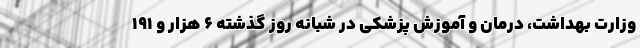
وزارت بهداشت، درمان و آموزش پزشکی در شبانه روز گذشته ۶ هزار و ۱۹۱